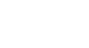
သမပ္ပိတံ